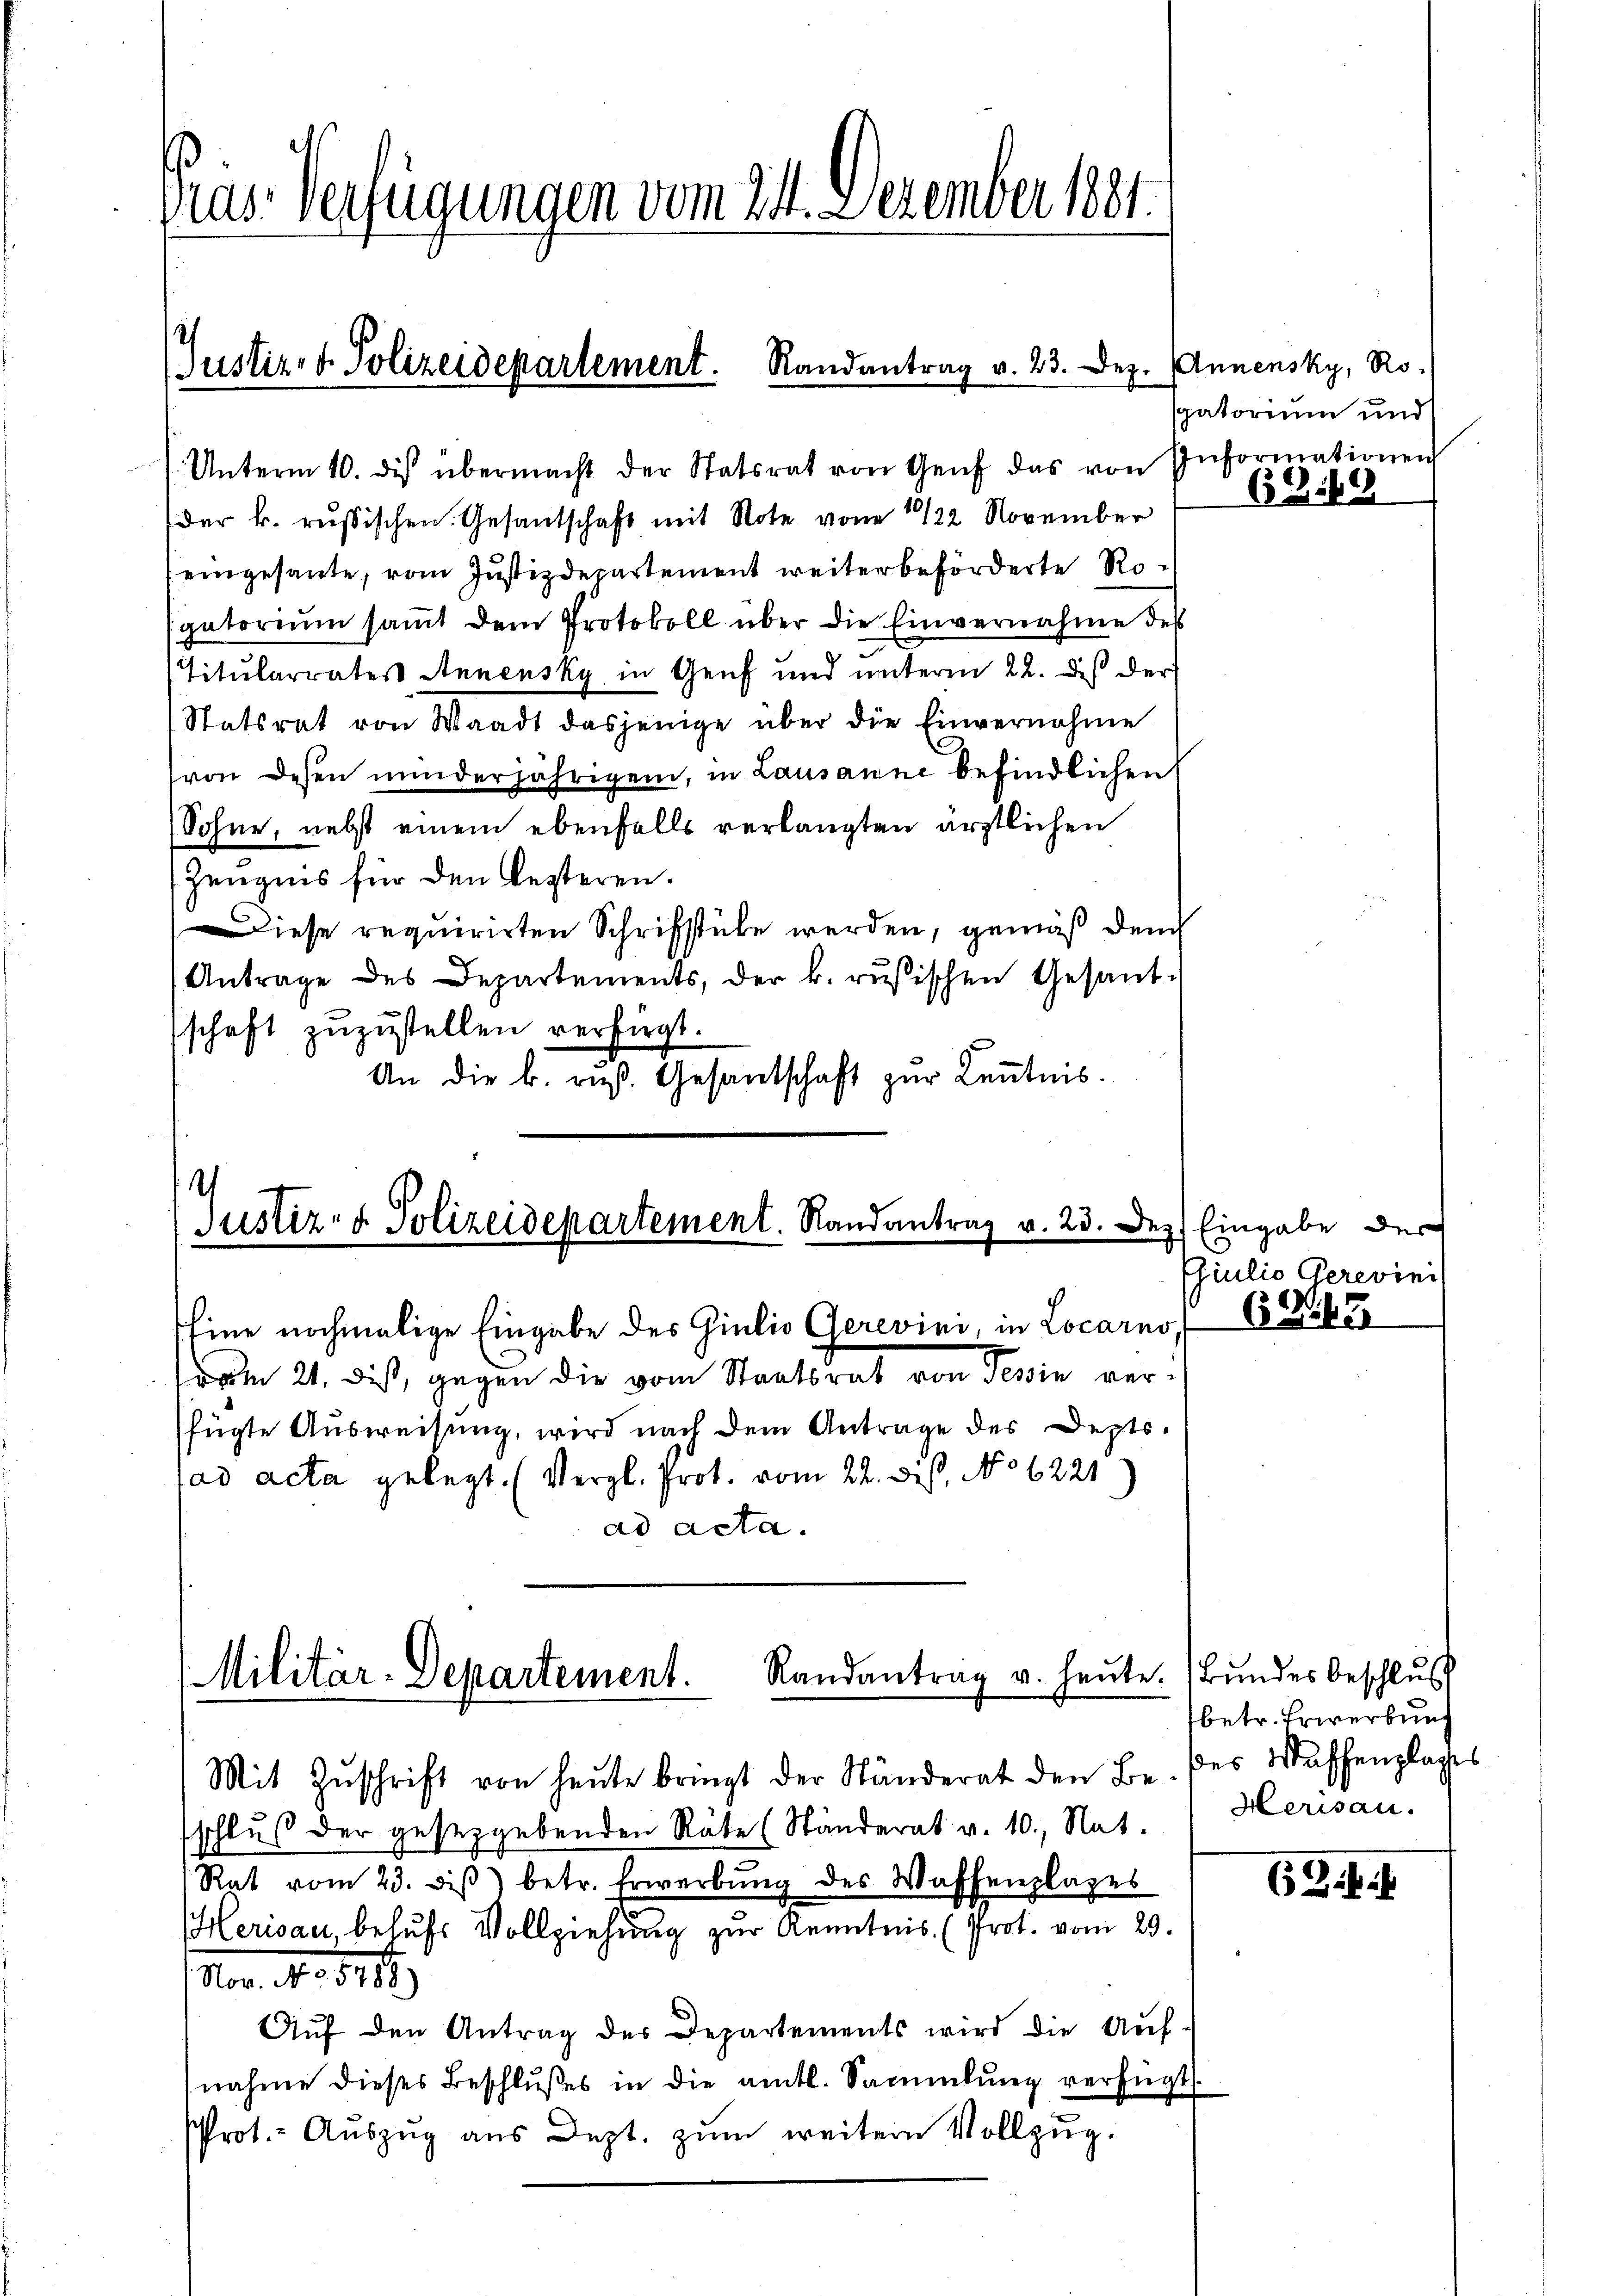
Präs. Verfügungen vom 24. Dezember 1881.

(Justiz- & Polizeidepartement. Randantrag v. 23. Dez.

Unterm 10. des übermacht der Statsrat von Genf das von Informationen
der k. russischen Gesantschaft mit Note vom 2122 November
(eingesante, vom Justizdepartement weiter beförderte Rogatoriŭm saṁt dem Protokoll über die Einvernahme des
Titularrates Annensky in Genf und unterm 22. des der
Statsrat von Waadt dasjenige über die Einvernahme
von dessen minderjährigem, in Lausanne befindlichen
Sohne, nebst einem ebenfalls verlangten ärztlichen
Zeugnis für den lezteren.
Diese requirirten Schrifstube werden, gemäß dem
Antrage des Departements, der k. russischen Gesant-
schaft zuzustellen verfügt.
An die k. rus. Gesantschaft zur Kenntnis.

h
Justiz- & Polizeidepartement. Randantrag v. 23. Dez.

Militär-Departement. Randantrag u. heute.

Mit Zŭschrift von heŭte bringt der Ständerat den Be- des Waffenplages
schluß der geseggebenden Räte (Ständerat v. 10. Nat.
Rat vom 23. diβ) betr. Erwerbŭng des Waffenplages
Herisau, behufs Vollziehung zur Kenntnis (Prot. vom 29.
Mor. No 512.)
Aŭf den Antrag des Departements wird die Auf-
nahme dieses Beschlŭβes in die amtl. Sammlung verfügt
rot. Auszug aus Dept. zum weitern Vollzug.

Eine nochmalige Eingabe des Giulio Gerevini, in Locarno,
vom 21. diß, gegen die vom Staatsrat von Tessin verfügte Ausweisung, wird nach dem Antrage des Deptsad acta gelegt. (Vergl. Prot. vom 22. Dis, No 6221
ad acta.

Annensky, Ro-
sgatorium und

639

Eingabe der
Chiulio Gerevini

S. 25

Bundes beschluss
betr. Erwerbung
Herisau.

62 f.